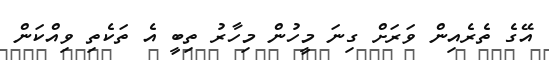
އޭގެ ތެރެއިން ވަރަށް ގިނަ މީހުން މިހާރު ތިބީ އެ ތަކެތި ވިއްކަން